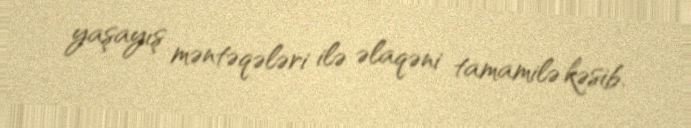
yaşayış məntəqələri ilə əlaqəni tamamilə kəsib.